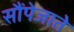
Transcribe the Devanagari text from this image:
सौंपेजाते